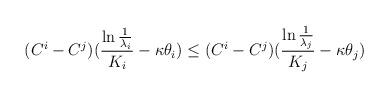
LaTeX: \begin{align*}(C^{i}-C^{j})(\frac{\ln\frac{1}{\lambda_{i}}}{K_{i}}-\kappa \theta_{i})\leq (C^{i}-C^{j})(\frac{\ln\frac{1}{\lambda_{j}}}{K_{j}}-\kappa \theta_{j})\end{align*}